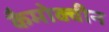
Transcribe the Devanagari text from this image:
कैमोक्वीन